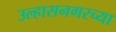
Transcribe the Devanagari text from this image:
उल्हासनगरच्या